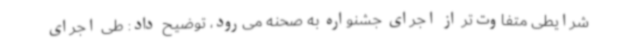
شرایطی متفاوت‌تر از اجرای جشنواره به صحنه می‌رود، توضیح داد: طی اجرای